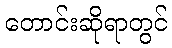
တောင်းဆိုရာတွင်